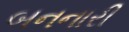
બનનારી